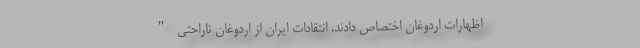
اظهارات اردوغان اختصاص دادند. انتقادات ایران از اردوغان ناراحتی "